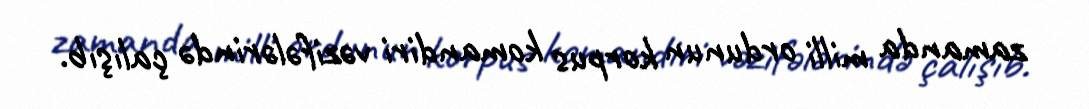
zamanda milli ordunun korpus komandiri vəzifələrində çalışıb.